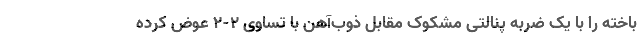
باخته را با یک ضربه پنالتی مشکوک مقابل ذوب‌آهن با تساوی 2-2 عوض کرده